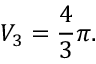
V _ { 3 } = { \frac { 4 } { 3 } } \pi .